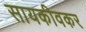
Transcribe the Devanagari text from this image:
सायकीवकर